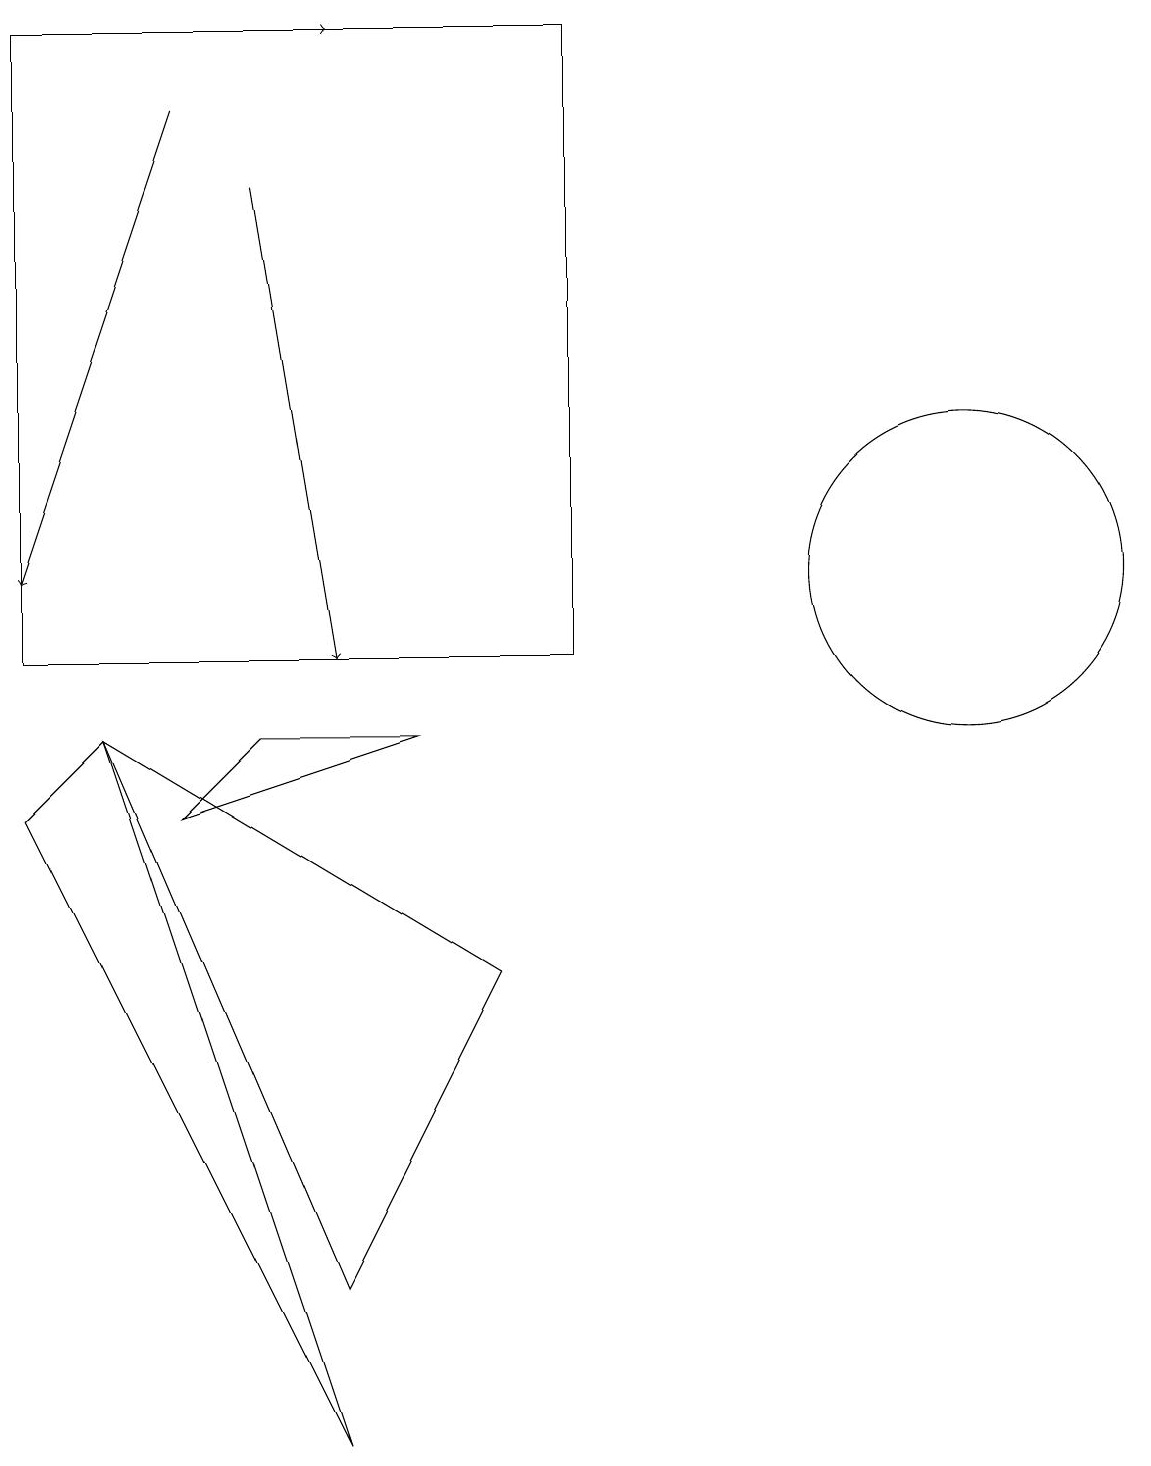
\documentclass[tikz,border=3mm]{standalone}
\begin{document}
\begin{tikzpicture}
\draw (12,11) circle (2);
\draw[->] (3,16) -- (4,10);
\draw[->] (2,17) -- (0,11);
\draw[->] (1,18) -- (4,18);
\draw (0,18) rectangle (7,10);
\draw (3,9) -- (5,9) -- (2,8) -- cycle;
\draw (1,9) -- (4,2) -- (6,6) -- cycle;
\draw (4,0) -- (0,8) -- (1,9) -- cycle;
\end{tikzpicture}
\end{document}